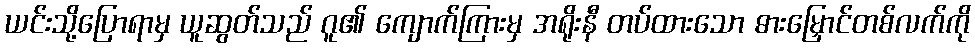
ယင်းသို့ပြောရာမှ ယူဆွတ်သည် ဂူ၏ ကျောက်ကြားမှ အရိုးနီ တပ်ထားသော ဓားမြှောင်တစ်လက်ကို